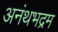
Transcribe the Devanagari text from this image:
अनंथभद्रम